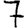
Digit: 7